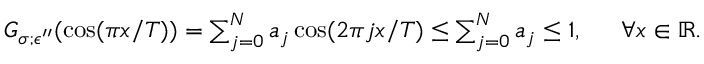
\begin{array} { r l } { G _ { \sigma ; \epsilon ^ { \prime \prime } } ( \cos ( \pi x / T ) ) = \sum _ { j = 0 } ^ { N } a _ { j } \cos ( 2 \pi j x / T ) \le \sum _ { j = 0 } ^ { N } a _ { j } \le 1 , ~ } & { { } ~ \forall x \in \mathbb { R } . } \end{array}